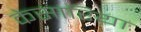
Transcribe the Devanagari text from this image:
केसारिया